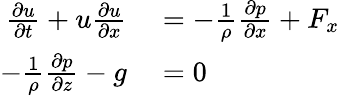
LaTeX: \begin{array}{rl}{{\frac{\partial u}{\partial t}}+u{\frac{\partial u}{\partial x}}}&{{}=-{\frac{1}{\rho}}{\frac{\partial p}{\partial x}}+F_{x}}\\ {-{\frac{1}{\rho}}{\frac{\partial p}{\partial z}}-g}&{{}=0}\end{array}